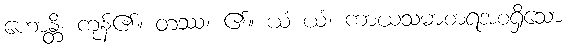
ဟောန္တိ၊ ကုန်၏။ တဿ၊ ၏။ ယံ ယံ၊ ကာယသမာစာရအစရှိသော